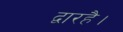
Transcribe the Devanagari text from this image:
द्वारहै।